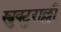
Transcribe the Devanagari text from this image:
स्त्रुक्टुराल्ली